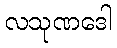
လသုဏဒေါ